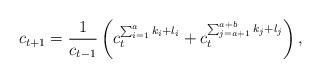
LaTeX: \begin{align*}c_{t+1}=\frac{1}{c_{t-1}}\left(c_t^{\sum_{i=1}^a k_i+l_i}+c_t^{\sum_{j=a+1}^{a+b} k_j+l_j} \right),\end{align*}